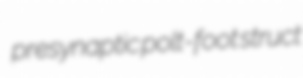
presynaptic polt-foot struct